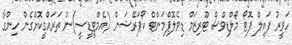
ހަވީރު ފައިލް ފޮޓޯ މޯލްޑިވްސް ޓޫރިޒަމް ޑިވެލޮޕްމަންޓް ކޯޕަރޭޝަން (އެމްޓީޑީސީ)ން ތަރައްގީކޮށްގެން ހިންގާ